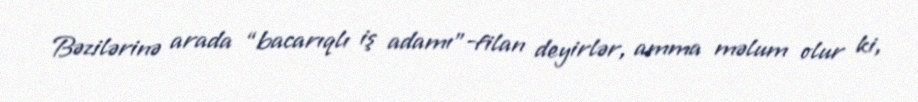
Bəzilərinə arada “bacarıqlı iş adamı”-filan deyirlər, amma məlum olur ki,